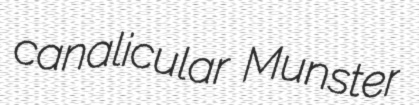
canalicular Munster